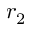
r _ { 2 }